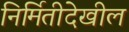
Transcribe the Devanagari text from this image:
निर्मितीदेखील